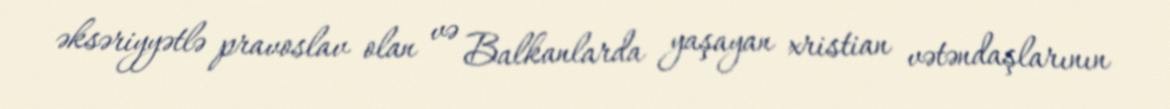
əksəriyyətlə pravoslav olan və Balkanlarda yaşayan xristian vətəndaşlarının